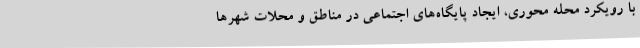
با رویکرد محله محوری، ایجاد پایگاه‌های اجتماعی در مناطق و محلات شهرها